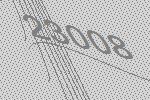
23008